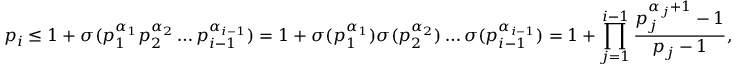
p _ { i } \leq 1 + \sigma ( p _ { 1 } ^ { \alpha _ { 1 } } p _ { 2 } ^ { \alpha _ { 2 } } \dots p _ { i - 1 } ^ { \alpha _ { i - 1 } } ) = 1 + \sigma ( p _ { 1 } ^ { \alpha _ { 1 } } ) \sigma ( p _ { 2 } ^ { \alpha _ { 2 } } ) \dots \sigma ( p _ { i - 1 } ^ { \alpha _ { i - 1 } } ) = 1 + \prod _ { j = 1 } ^ { i - 1 } { \frac { p _ { j } ^ { \alpha _ { j } + 1 } - 1 } { p _ { j } - 1 } } ,